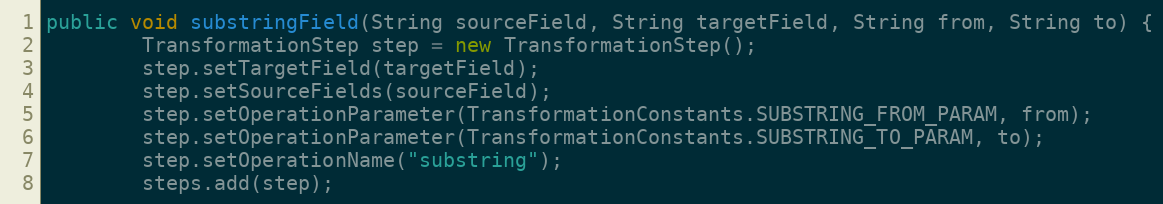
Language: Java
public void substringField(String sourceField, String targetField, String from, String to) {
        TransformationStep step = new TransformationStep();
        step.setTargetField(targetField);
        step.setSourceFields(sourceField);
        step.setOperationParameter(TransformationConstants.SUBSTRING_FROM_PARAM, from);
        step.setOperationParameter(TransformationConstants.SUBSTRING_TO_PARAM, to);
        step.setOperationName("substring");
        steps.add(step);